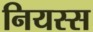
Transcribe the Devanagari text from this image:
नियस्स